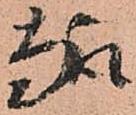
趣